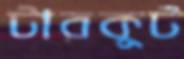
টারকুট